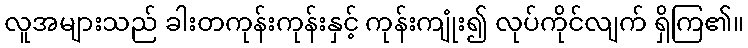
လူအများသည် ခါးတကုန်းကုန်းနှင့် ကုန်းကျုံး၍ လုပ်ကိုင်လျက် ရှိကြ၏။